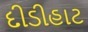
દીડીહાટ